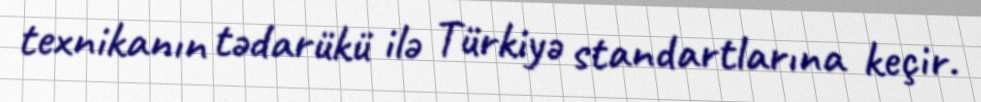
texnikanın tədarükü ilə Türkiyə standartlarına keçir.